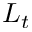
L _ { t }